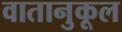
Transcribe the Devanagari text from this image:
वातानुकूल